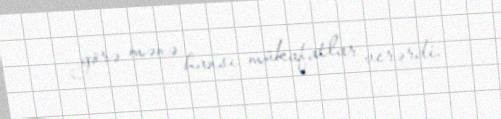
görə mənə hansı mükafatlar verərdi.